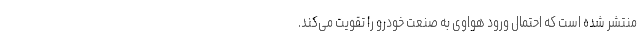
منتشر شده است که احتمال ورود هواوی به صنعت خودرو را تقویت می‌کند.